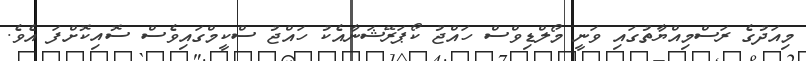
މިއަދުގެ ރަސްމިއްޔާތުގައި ވަނީ މޯލްޑިވްސް ހައްޖު ކޯޕަރޭޝަނާއެކު ހައްޖު ސްކީމްގައިވެސް ސޮއިކޮށްފަ އެވެ.